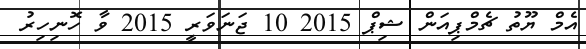
އެމް ޔޫތު ޗެމްޕިއަން ޝިޕް 2015 10 ޖަނަވަރީ 2015 ވާ ހޮނިހިރު